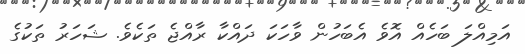
އަމިއްލަ ބަހެއް އޮވެ އެބަހުން ވާހަކަ ދައްކާ ރާއްޖެ ތަކެވެ. ޝަހަރު ތަކުގެ